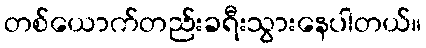
တစ်ယောက်တည်းခရီးသွားနေပါတယ်။